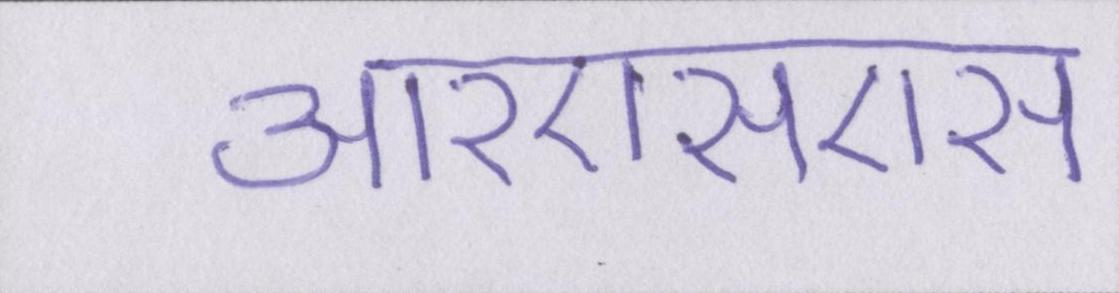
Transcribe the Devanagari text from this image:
आरएसएस